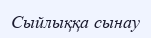
Сыйлыққа сынау